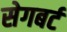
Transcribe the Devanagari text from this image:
सेगबर्ट